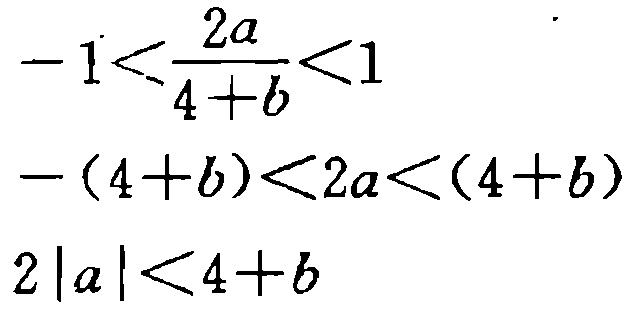
\[-1<\frac{2a}{4 + b}<1\]
\[-(4 + b)<2a<(4 + b)\]
\[2|a|<4 + b\]